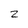
Character: 2